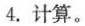
4.计算。